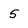
Character: 5